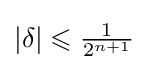
|\delta |\leqslant {\tfrac {1}{2^{n+1}}}